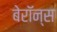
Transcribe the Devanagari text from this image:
बेरॉन्स